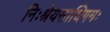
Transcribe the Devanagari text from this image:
निःश्रेयसाधिगमः